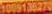
1009136270